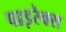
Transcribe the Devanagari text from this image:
पाइरेक्स